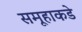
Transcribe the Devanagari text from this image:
समूहाकडे